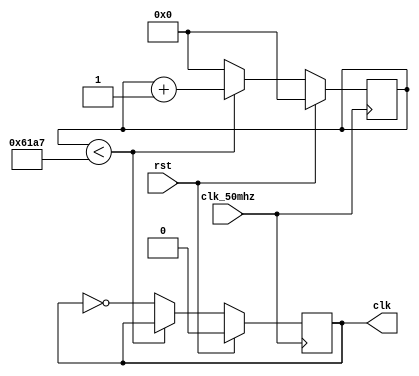
module frequency_divider (
	input clk_50mhz, 
	input rst,
	output reg clk
);

    parameter N = 50000;
	
	reg[31:0] cnt1;
	
	always @ (posedge clk_50mhz)
		if (rst) begin
			cnt1 <= 1'b0;
			clk <= 1'b0;
		end else begin
			if (cnt1 < N/2-1)
				cnt1 <= cnt1 + 1'b1;
			else begin
				cnt1 <= 1'b0;
			    clk <= ~clk;
			end
	    end
endmodule